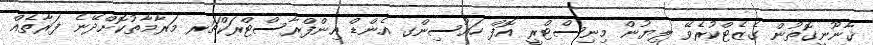
ޤާނޫނީގޮތުން ގެޒެޓްކުރެވޭ ލިޔުން މިނިސްޓްރީ އޮފް ހައުސިންގ އެންޑް އިންފްރާސްޓްރަކްޗަރ މަރާމާތުކޮށްދޭނެ ފަރާތެއް